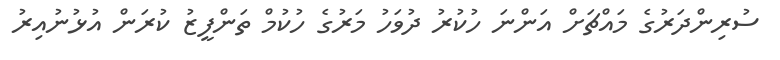
ސުރިންދަރުގެ މައްޗަށް އަންނަ ހުކުރު ދުވަހު މަރުގެ ހުކުމް ތަންފީޒު ކުރަން އުޅުނުއިރު